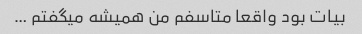
بیات بود واقعا متاسفم من همیشه میگفتم …